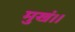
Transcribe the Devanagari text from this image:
मुखं।।